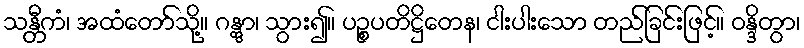
သန္တီကံ၊ အထံတော်သို့။ ဂန္တွာ၊ သွား၍။ ပဉ္စပတိဋ္ဌိတေန၊ ငါးပါးသော တည်ခြင်းဖြင့်။ ဝန္ဒိတွာ၊